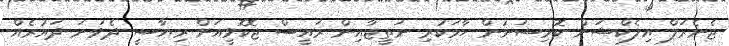
ޖެނެރަލް އިލެކްޝަން ކޮމިޝަނުން ހާމަކުރި ނަތީޖާއިން ރައީސް ޖޮކޮވީއަށް ރިޔާސީ ދެވަނަ ދައުރެއް